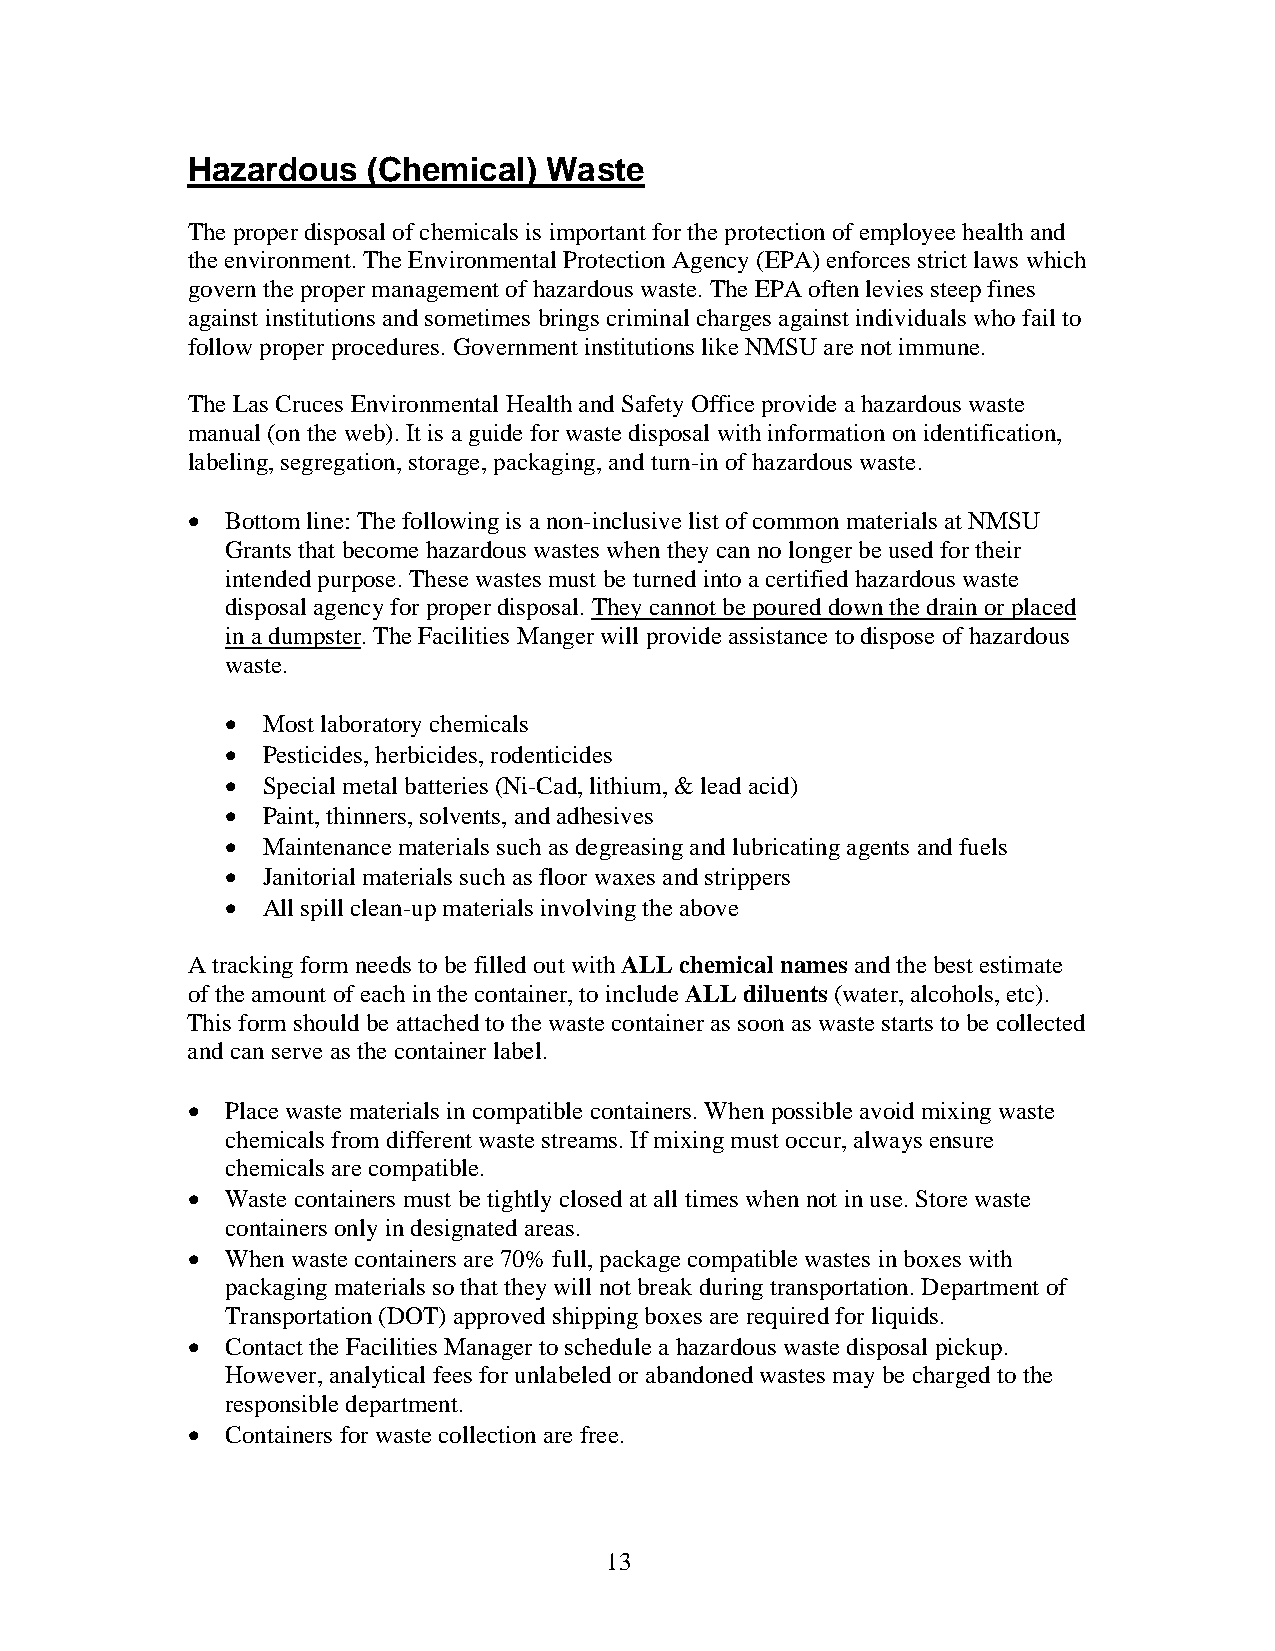
Hazardous   (Chemical)  Waste
 The proper disposal of chemicals is important for the protection of employee health and
 the environment. The Environmental Protection Agency (EPA) enforces strict laws which
 govern the proper management of hazardous waste. The EPA often levies steep fines
 against institutions and sometimes brings criminal charges against individuals who fail to
 follow proper procedures. Government institutions like NMSUare not immune.
 The Las Cruces Environmental Health and Safety Office provide a hazardous waste
 manual (on the web). It is a guide for waste disposal with information on identification,
 labeling, segregation, storage, packaging, and turn-in of hazardous waste.
   Bottom line: The following is a non-inclusive list of common materials at NMSU
 Grants that become hazardous wastes when they can no longer be used for their
 intended purpose. These wastes must be turned into a certified hazardous waste
 disposal agency for proper disposal. They cannot be poured down the drain or placed
 in a dumpster. The Facilities Manger will provide assistance to dispose of hazardous
 waste.
  Most laboratory chemicals
  Pesticides, herbicides, rodenticides
  Special metal batteries (Ni-Cad, lithium, & lead acid)
  Paint, thinners, solvents, and adhesives
  Maintenance materials such as degreasing and lubricating agents and fuels
  Janitorial materials such as floor waxes and strippers
  All spill clean-up materials involving the above
 A tracking form needs to be filled out with ALL chemical names and the best estimate
 of the amount of each in the container, to include ALL diluents (water, alcohols, etc).
 This form should be attached to the waste container as soon as waste starts to be collected
 and can serve as the container label.
   Place waste materials in compatible containers. When possible avoid mixing waste
 chemicals from different waste streams. If mixing must occur, always ensure
 chemicals are compatible.
   Waste containers must be tightly closed at all times when not in use. Store waste
 containers only in designated areas.
   When waste containers are 70% full, package compatible wastes in boxes with
 packaging materials so that they will not break during transportation. Department of
 Transportation (DOT) approved shipping boxes are required for liquids.
   Contact the Facilities Manager to schedule a hazardous waste disposal pickup.
 However, analytical fees for unlabeled or abandoned wastes may be charged to the
 responsible department.
   Containers for waste collection are free.
 13